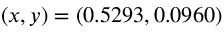
( x , y ) = ( 0 . 5 2 9 3 , 0 . 0 9 6 0 )